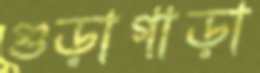
গুড়াগাড়া